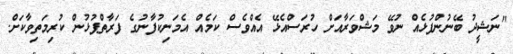
"ނަޝީދު ބޭނުންފުޅެއް ނުވޭ މަޝްވަރާއަށް ހުރަސްއެޅޭ އެއްވެސް ކަމެއް އެމަނިކުފާނުގެ ފަރާތްޕުޅުން ކުރިމަތިވާކަށް.